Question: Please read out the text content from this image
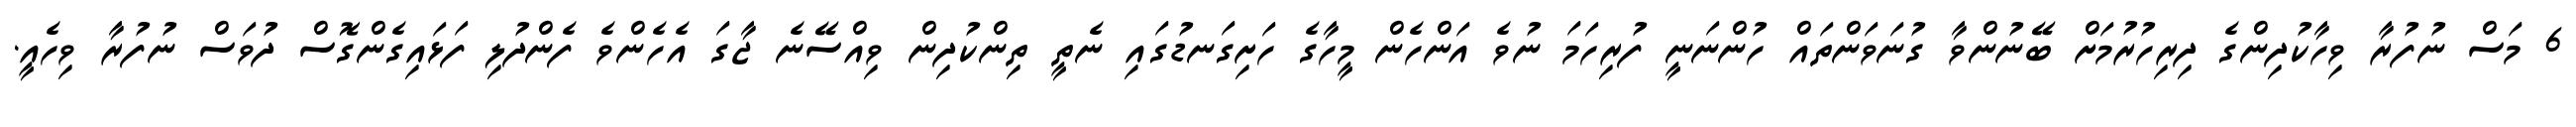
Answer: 6 މަސް ނުފުރާ ވިހާކުދިންގެ ދިރިހުރުމަށް ބޭނުންވާ ގުނަވަންތައް ހުންނަނީ ފުރިހަމަ ނުވެ އަންހެން މީހާގެ ހަށިގަނޑުގައި ނެތީ ތިންކުދިން ވިއްސޭނެ ޖާގަ އެހެންވެ ފެންދުލި ފަޅައިގެންގޮސް ދުވަސް ނުފުރާ ވިހެއީ.